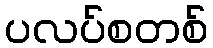
ပလပ်စတစ်